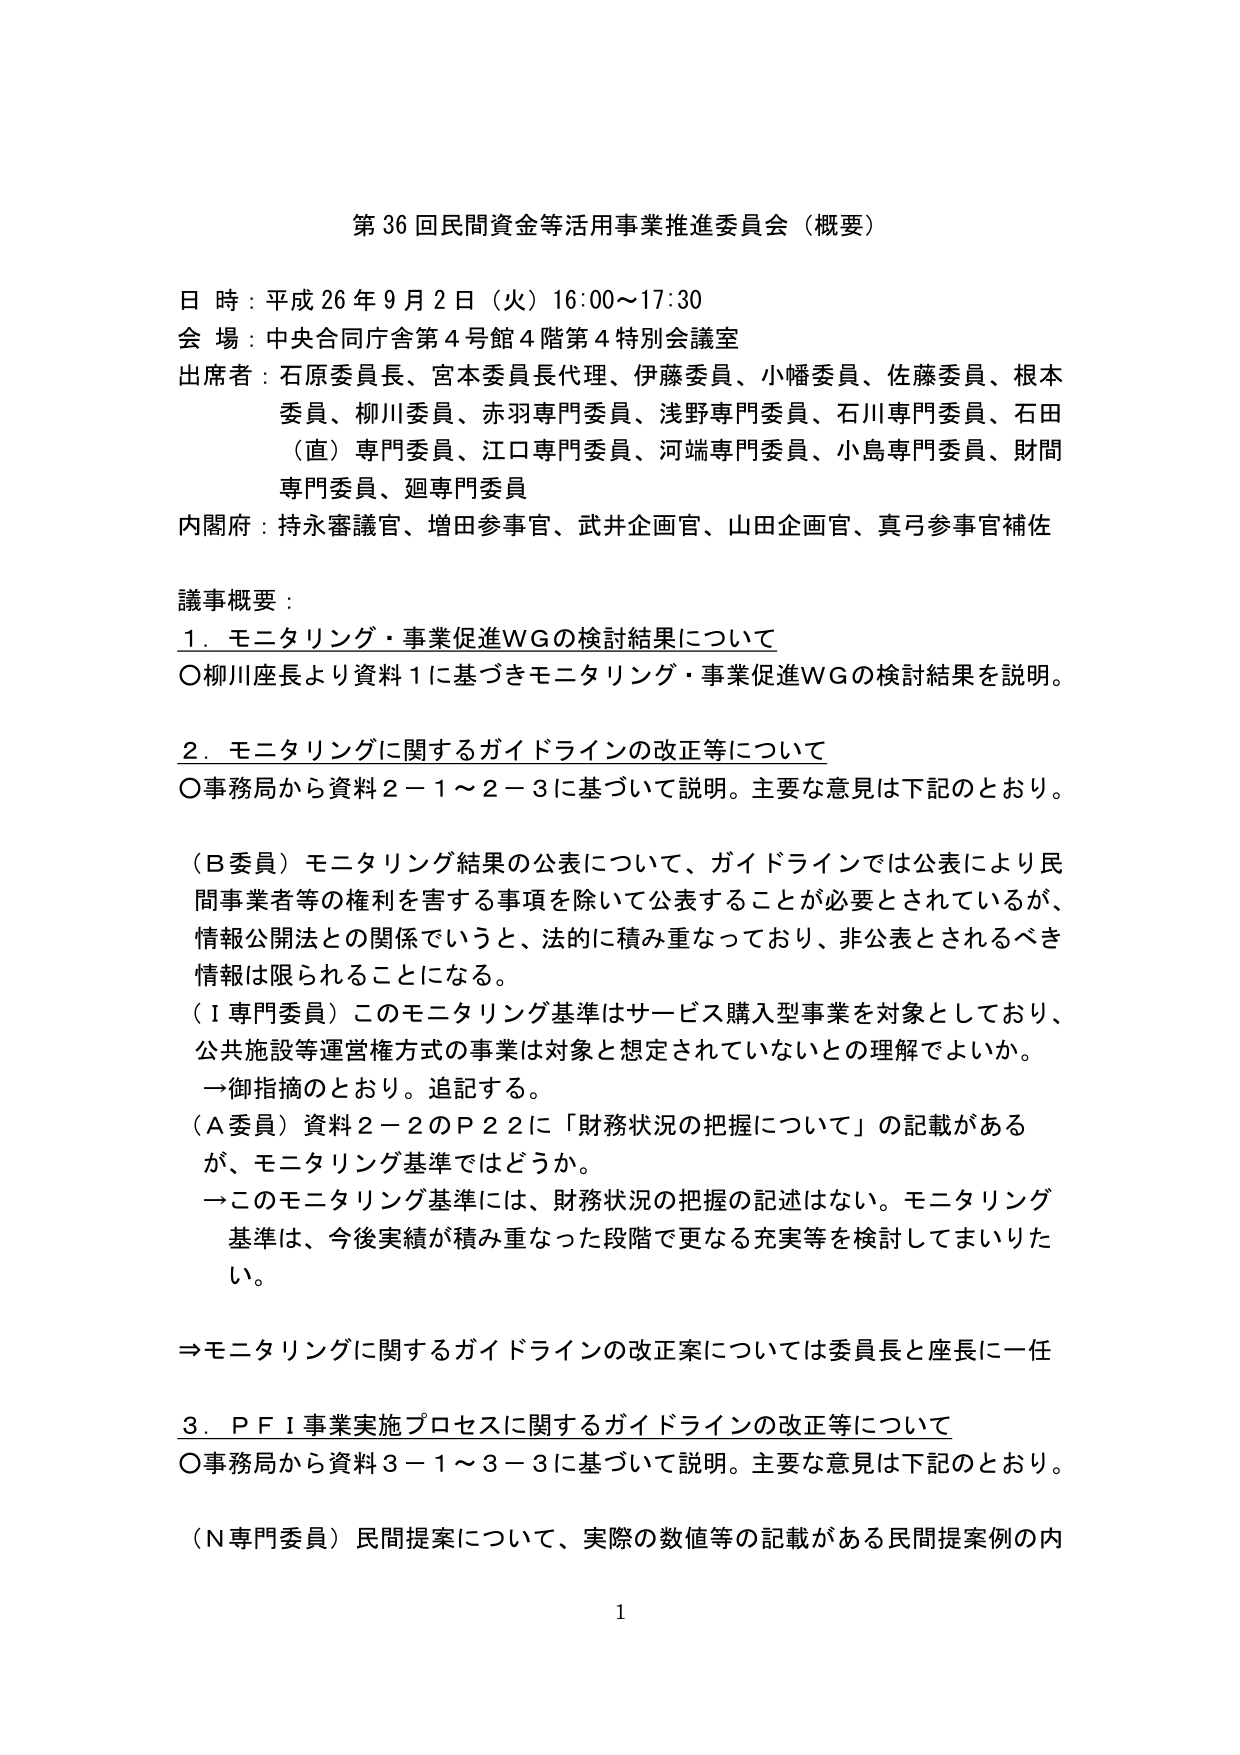
第36回民間資金等活用事業推進委員会（概要）

日時：平成26年9月2日（火）16:00～17:30
会場：中央合同庁舎第4号館4階第4特別会議室
出席者：石原委員長、宮本委員長代理、伊藤委員、小幡委員、佐藤委員、根本委員、柳川委員、赤羽専門委員、浅野専門委員、石川専門委員、石田（直）専門委員、江口専門委員、河端専門委員、小島専門委員、財閥専門委員、廻専門委員
内閣府：持永審議官、増田参事官、武井企画官、山田企画官、真弓参事官補佐

議事概要：

1．モニタリング・事業促進WGの検討結果について
○柳川座長より資料1に基づきモニタリング・事業促進WGの検討結果を説明。

2．モニタリングに関するガイドラインの改正等について
○事務局から資料2－1～2－3に基づいて説明。主要な意見は下記のとおり。

（B委員）モニタリング結果の公表について、ガイドラインでは公表により民間事業者等の権利を害する事項を除いて公表することが必要とされているが、情報公開法との関係でいうと、法的に積み重なっており、非公表とされるべき情報は限られることになる。
（I専門委員）このモニタリング基準はサービス購入型事業を対象としており、公共施設等運営権方式の事業は対象と想定されていないとの理解でよいか。
→御指摘のとおり。追記する。
（A委員）資料2－2のP22に「財務状況の把握について」の記載があるが、モニタリング基準ではどうか。
→このモニタリング基準には、財務状況の把握の記述はない。モニタリング基準は、今後実績が積み重なった段階で更なる充実等を検討してまいりたい。

⇒モニタリングに関するガイドラインの改正案については委員長と座長に一任

3．PFI事業実施プロセスに関するガイドラインの改正等について
○事務局から資料3－1～3－3に基づいて説明。主要な意見は下記のとおり。

（N専門委員）民間提案について、実際の数値等の記載がある民間提案例の内

1